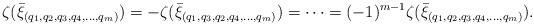
LaTeX: \begin{align*}\zeta(\bar{\xi}_{(q_1,q_2,q_3,q_4,\ldots,q_m)})=-\zeta(\bar{\xi}_{(q_1,q_3,q_2,q_4,\ldots,q_m)})=\cdots=(-1)^{m-1}\zeta(\bar{\xi}_{(q_1,q_2,q_3,q_4,\ldots,q_m)}).\end{align*}